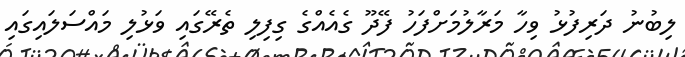
ލިބުނު ދަރިފުޅު ވިހާ މަރާލުމަށްފަހު ފޭދޫ ގެއެއްގެ ގިފިލި ތެރޭގައި ވަޅުލި މައްސަލައިގައި